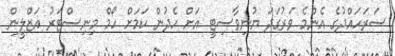
ސަރަހައްދުގެ އެންމެ ވަރުގަދަ ޔުނިވާސިޓީ އަށް ހެދުން ކަމަށް ހޯމް މިނިސްޓަރު އަޒްލީން